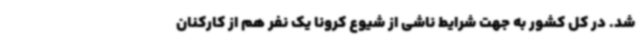
شد. در کل کشور به جهت شرایط ناشی از شیوع کرونا یک نفر هم از کارکنان